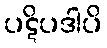
ပဋိပဒါပိ